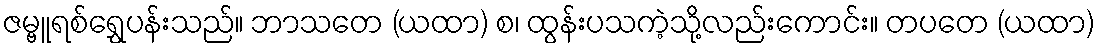
ဇမ္ဗူရစ်ရွှေပန်းသည်။ ဘာသတေ (ယထာ) စ၊ ထွန်းပသကဲ့သို့လည်းကောင်း။ တပတေ (ယထာ)